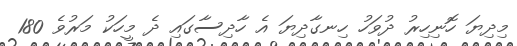
މިދިޔަ ހޮނިހިރު ދުވަހު ހިނގާދިޔަ އެ ހާދިސާގައި ދެ މީހަކު މަރުވެ 180